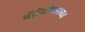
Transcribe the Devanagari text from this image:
मॅग्नॅन्टीयसच्या